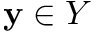
\mathbf y \in Y